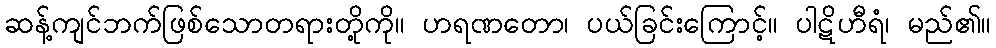
ဆန့်ကျင်ဘက်ဖြစ်သောတရားတို့ကို။ ဟရဏတော၊ ပယ်ခြင်းကြောင့်။ ပါဋိဟီရံ၊ မည်၏။